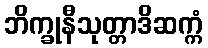
ဘိက္ခုနီသုတ္တာဒိဆက္ကံ